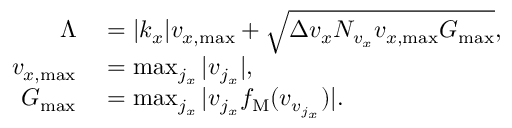
\begin{array} { r l } { \Lambda } & { { } = | k _ { x } | v _ { x , \operatorname* { m a x } } + \sqrt { \Delta v _ { x } N _ { v _ { x } } v _ { x , \operatorname* { m a x } } G _ { \operatorname* { m a x } } } , } \\ { v _ { x , \operatorname* { m a x } } } & { { } = \operatorname* { m a x } _ { j _ { x } } | v _ { j _ { x } } | , } \\ { G _ { \operatorname* { m a x } } } & { { } = \operatorname* { m a x } _ { j _ { x } } | v _ { j _ { x } } f _ { \mathrm { M } } ( v _ { v _ { j _ { x } } } ) | . } \end{array}